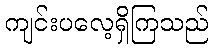
ကျင်းပလေ့ရှိကြသည်